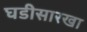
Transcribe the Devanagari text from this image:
घडीसारखा